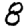
Digit: 8